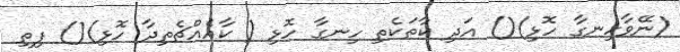
(ނޭވާހިނގާ ހޮޅި)() އަދި ކާތަކެތި ހިނގާ ހޮޅި ( ކާއެއްޗެތިދާ ހޮޅި)() ފިތި